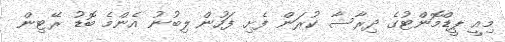
މިއީ ޕީޑްމޮންޓުގެ ދިރާސާ ކުރަން ފެށި ފަހުން ލިބުނު އެންމެ ބޮޑު ރޭޓިން